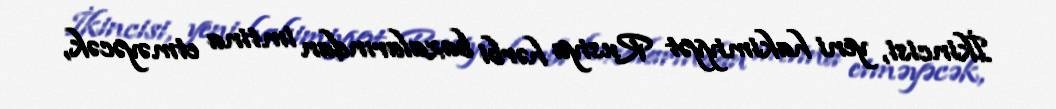
İkincisi, yeni hakimiyyət Rusiya hərbi bazalarından imtina etməyəcək,